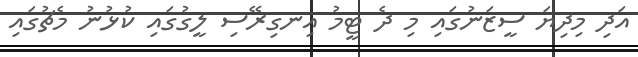
އަދި މިދިޔަ ސީޒަނުގައި މި ދެ ޓީމު އިނގިރޭސި ލީގުގައި ކުޅުނު މެޗުގައި